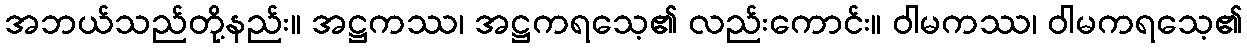
အဘယ်သည်တို့နည်း။ အဋ္ဌကဿ၊ အဋ္ဌကရသေ့၏ လည်းကောင်း။ ဝါမကဿ၊ ဝါမကရသေ့၏